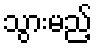
သွားမည့်